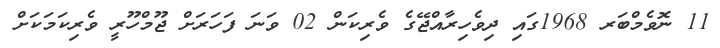
11 ނޮވެމްބަރ 1968ގައި ދިވެހިރާއްޖޭގެ ވެރިކަން 02 ވަނަ ފަހަރަށް ޖޫމްހޫރީ ވެރިކަމަކަށް